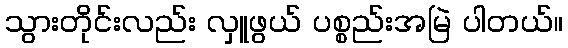
သွားတိုင်းလည်း လှူဖွယ် ပစ္စည်းအမြဲ ပါတယ်။